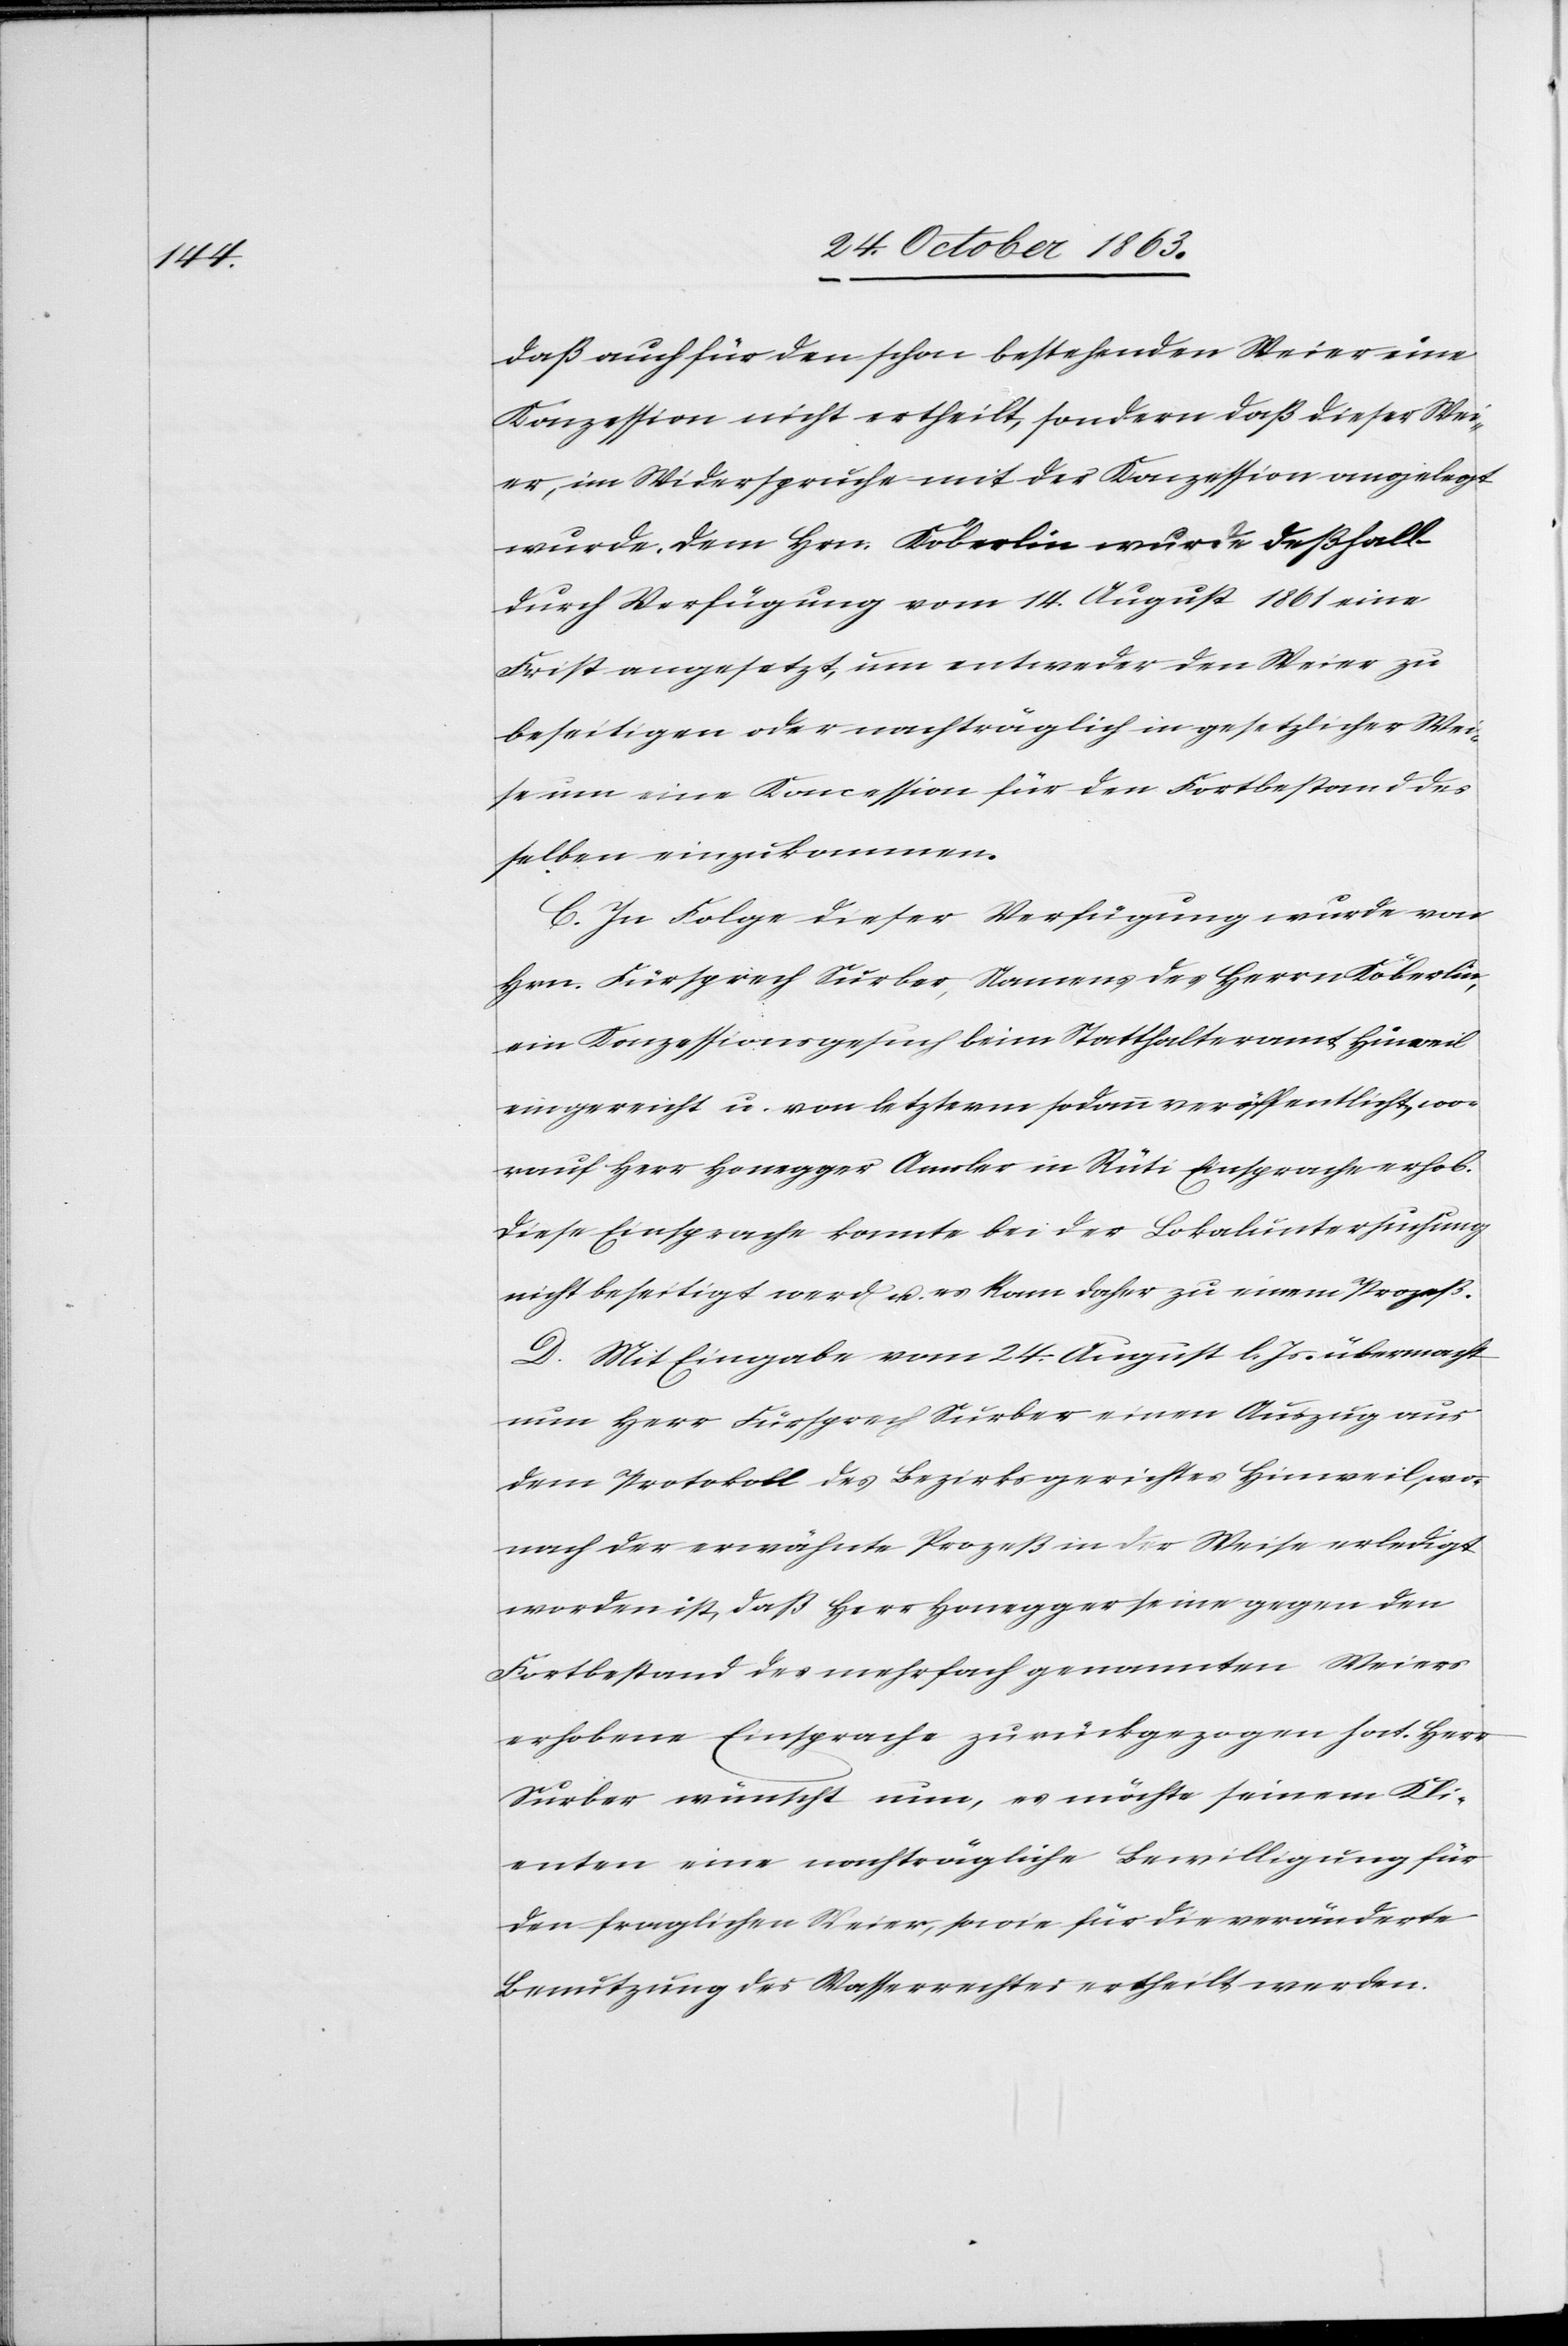
daß auch für den schon bestehenden Weier eine
Konzession nicht ertheilt, sondern daß dieser Wei¬
er, im Widerspruche mit der Konzession angelegt
wurde. Dem Hrn. Köberlin wurde deßhalb
durch Verfügung vom 14. August 1861 eine
Frist angesetzt, um entweder den Weier zu
beseitigen oder nachträglich in gesetzlicher Wei¬
se um eine Koncession für den Fortbestand des¬
selben einzukommen.
C. In Folge dieser Verfügung wurde von
Hrn. Fürsprech Surber, Namens des Herrn Köberlin,
ein Konzessionsgesuch beim Statthalteramt Hinweil
eingereicht u. von letzterm sodann veröffentlicht, wo¬
rauf Herr Honegger Amsler in Rüti Einsprache erhob.
Diese Einsprache konnte bei der Lokaluntersuchung
nicht beseitigt werd[en] u. es kam daher zu einem Prozeß.
D. Mit Eingabe vom 24. August l. Js. übermacht
nun Herr Fürsprech Surber einen Auszug aus
dem Protokoll des Bezirksgerichtes Hinweil, wo¬
nach der erwähnte Prozeß in der Weise erledigt
worden ist, daß Herr Honegger seine gegen den
Fortbestand des mehrfach genannten Weiers
erhobene Einsprache zurückgezogen hat. Herr
Surber wünscht nun, es möchte seinem Kli¬
enten eine nachträgliche Bewilligung für
den fraglichen Weier, sowie für die veränderte
Benutzung des Wasserrechtes ertheilt werden.